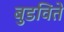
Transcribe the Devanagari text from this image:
बुडविते